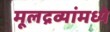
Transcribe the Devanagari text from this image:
मूलद्रव्यांमध्ये